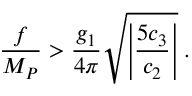
\frac { f } { M _ { P } } > \frac { g _ { 1 } } { 4 \pi } \sqrt { \left| \frac { 5 c _ { 3 } } { c _ { 2 } } \right| } \; .